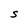
Character: S